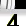
Digit: 3